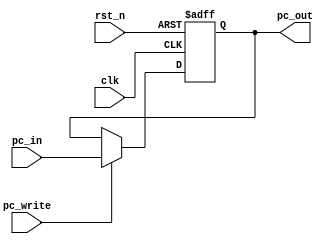
/************************************************* 
 
Copyright:Call_Me_ZK

File name:PC.v

Author:ZK
 
Date:2020-08-6 
 
Description:

  Program Counter, . 
  , pc_in.
  
  2020-8-16:
  , pc_write, read after load hazard
  pc_write0, PC, 


**************************************************/

module PC

	#(parameter PC_width = 32)
	
(clk, rst_n, pc_in, pc_write, pc_out);

	//
	input clk, rst_n, pc_write;
	input [PC_width-1:0] pc_in;
	output reg[PC_width-1:0] pc_out;
	
	always@(posedge clk or negedge rst_n) begin
		if(!rst_n)
			pc_out <= 0;
		else if(pc_write == 1'b1)
			pc_out <= pc_in;
		else
			pc_out <= pc_out;
	end
endmodule